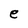
Character: e